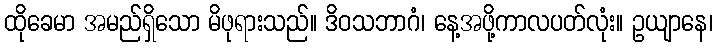
ထိုခေမာ အမည်ရှိသော မိဖုရားသည်။ ဒိဝသဘာဂံ၊ နေ့အဖို့ကာလပတ်လုံး။ ဥယျာနေ၊